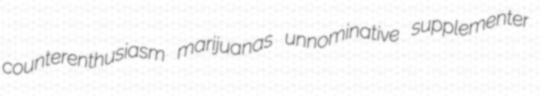
counterenthusiasm marijuanas unnominative supplementer